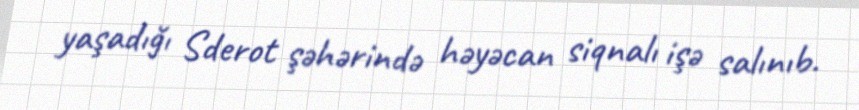
yaşadığı Sderot şəhərində həyəcan siqnalı işə salınıb.